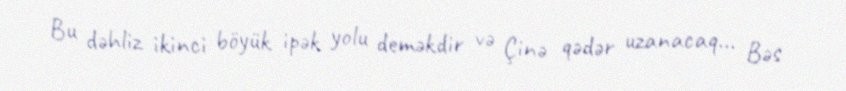
Bu dəhliz ikinci böyük ipək yolu deməkdir və Çinə qədər uzanacaq... Bəs